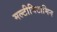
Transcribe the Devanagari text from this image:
मल्टीविटामिन